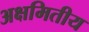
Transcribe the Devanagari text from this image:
अक्षमितीय